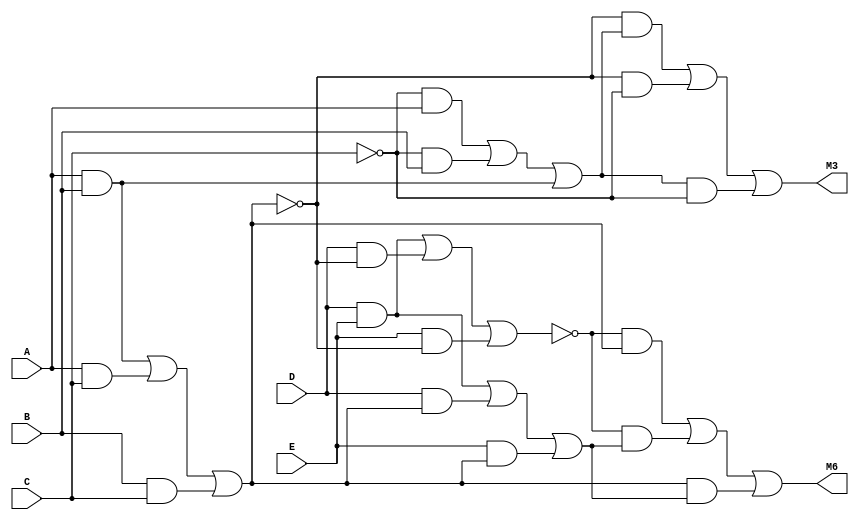
module adder2bits(A, B, C, D, E, M3 , M6);
  input  A, B, C, D, E;
  output M3, M6;
  wire M1, M2, M4, M5;
  assign M1 = (A & B) | (A & C) | (B & C);
  assign M2 = (~C & A) | (~C & B) | (A & B);
  assign M3 = (~M1 & M2) | (~M1 & ~C) | (M2 & ~C);
  assign M4 = (D & E) | (D & ~M1) | (E & ~M1);
  assign M5 = (D & E) | (D & M1) | (E & M1);
  assign M6 = (~M4 & M1) | (~M4 & M5) | (M1 & M5);
endmodule